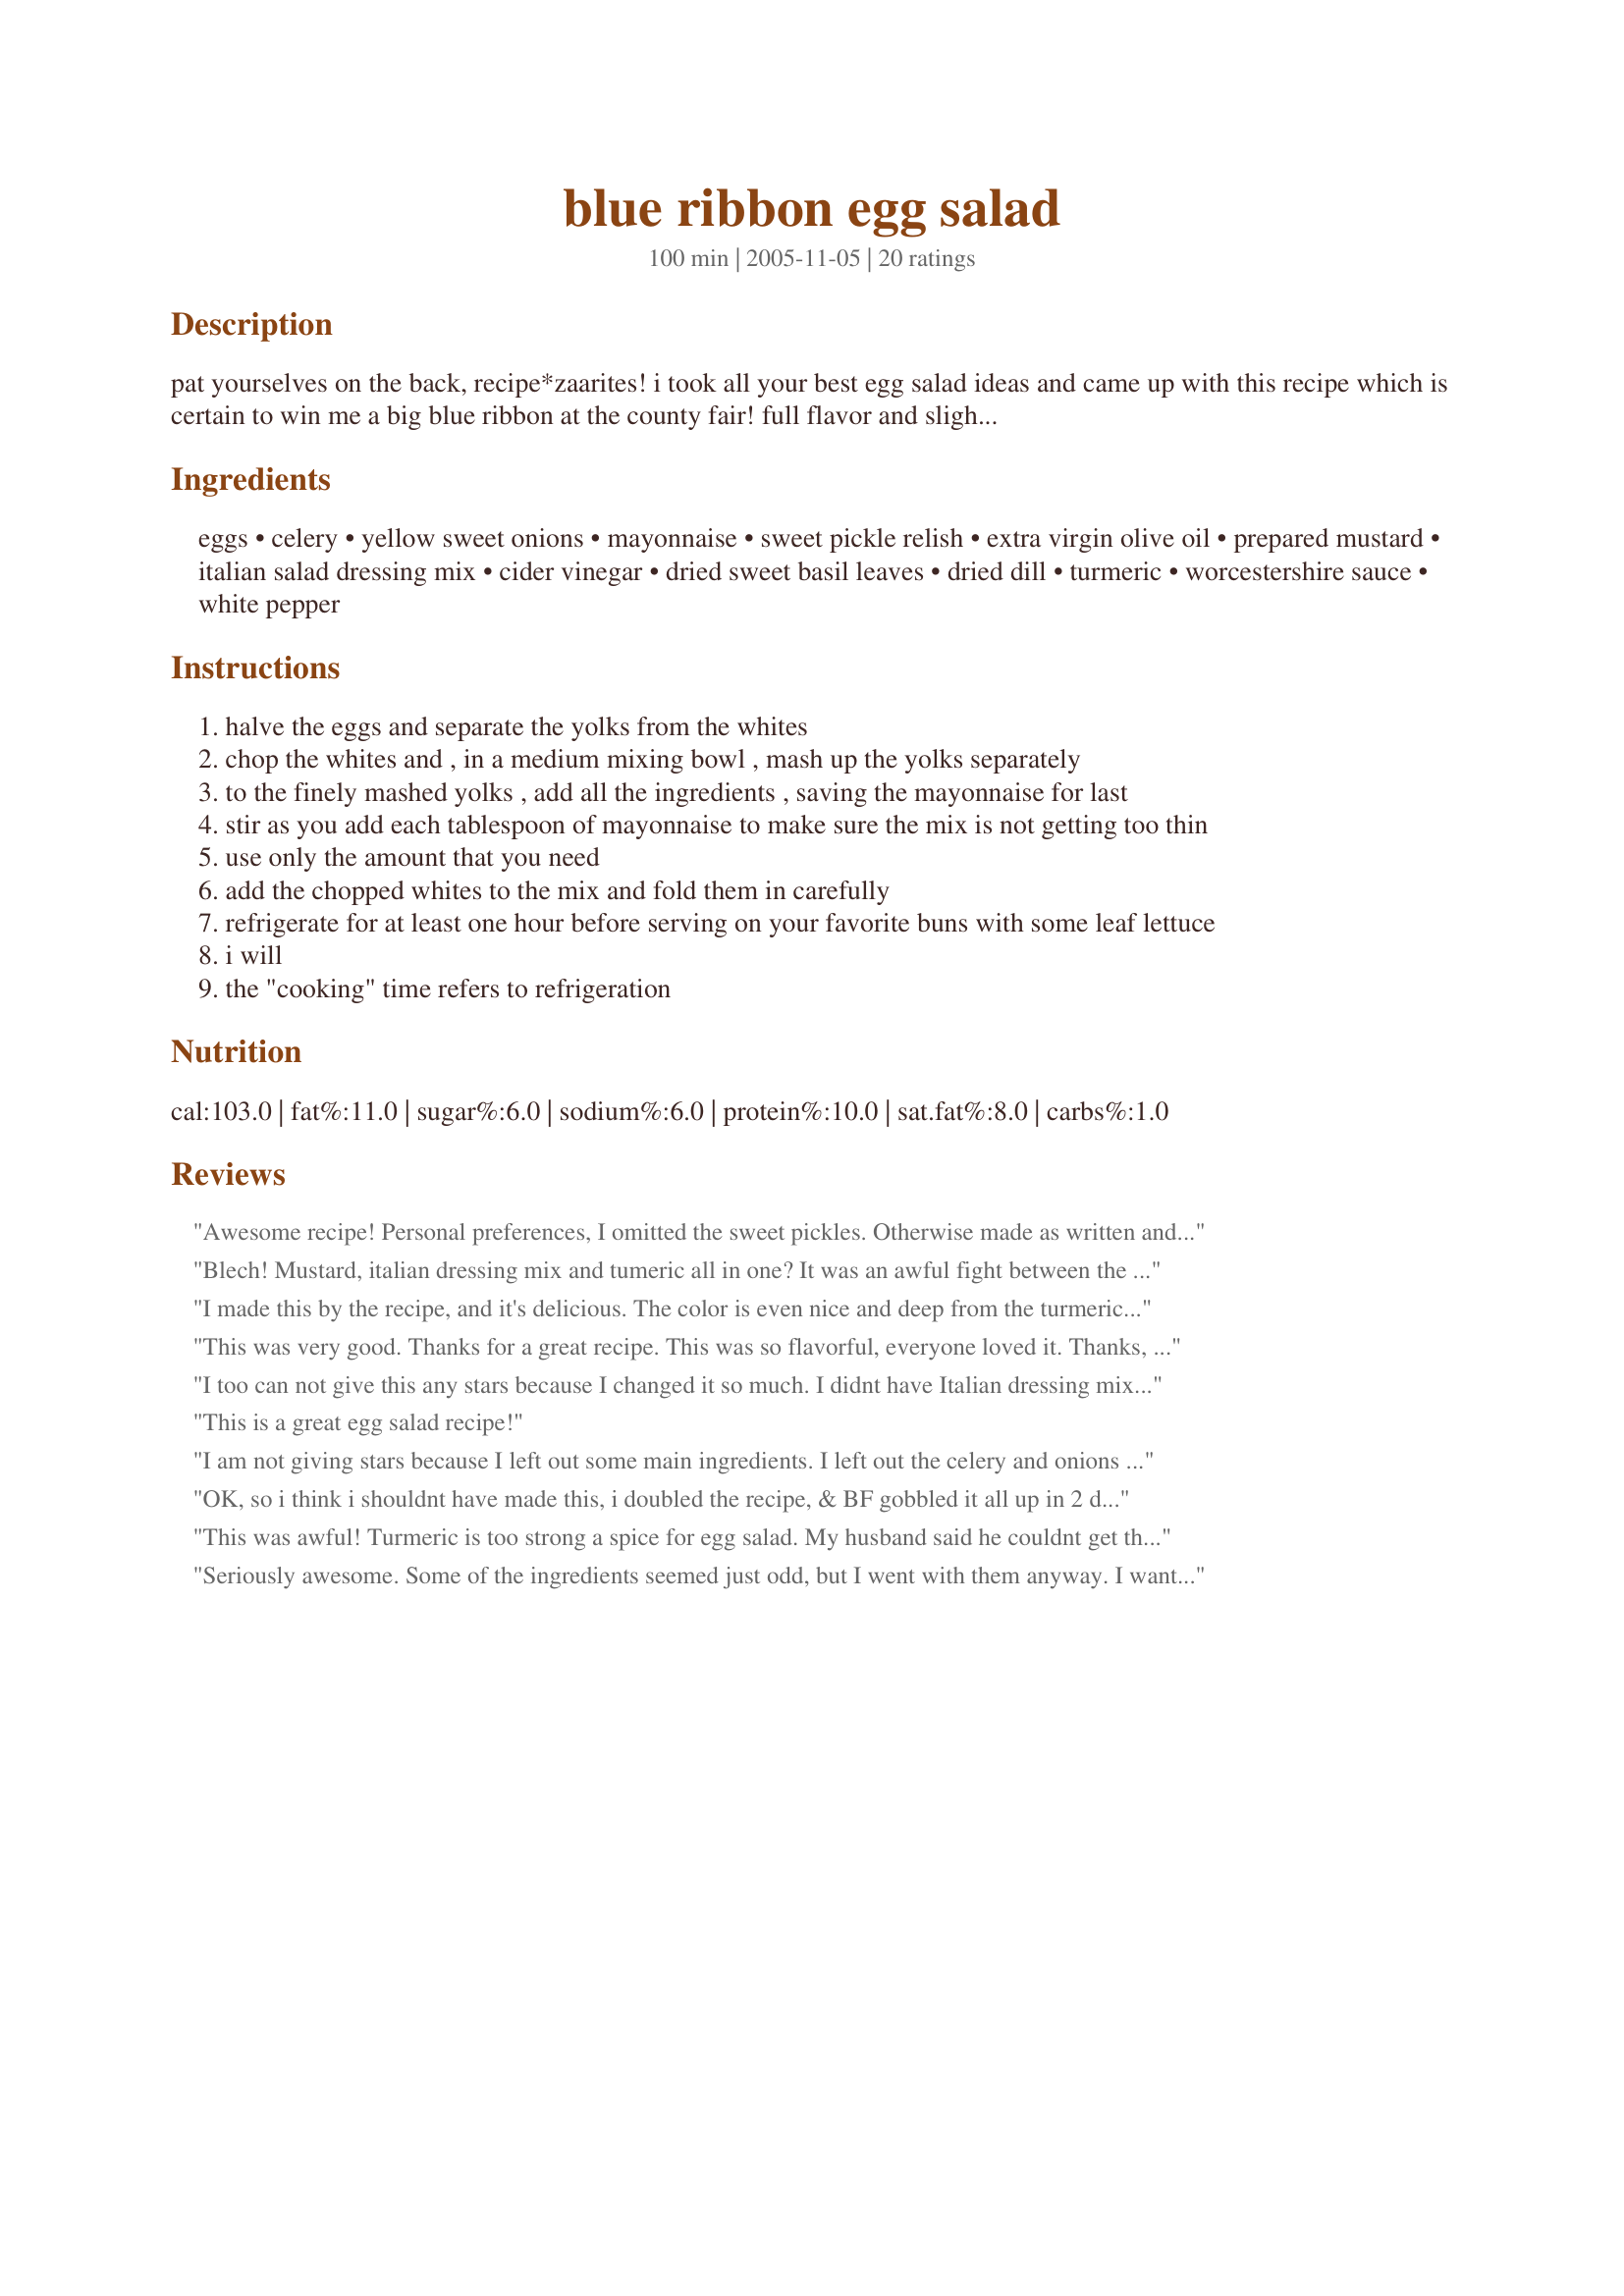
blue ribbon egg salad
Preparation time: 100 minutes

pat yourselves on the back, recipe*zaarites! i took all your best egg salad ideas and came up with this recipe which is certain to win me a big blue ribbon at the county fair! full flavor and slightly sweet with no sugar added and nice eye appeal. (no doubt, there is sugar in the relish). a great brunch idea.

Ingredients:
eggs, celery, yellow sweet onions, mayonnaise, sweet pickle relish, extra virgin olive oil, prepared mustard, italian salad dressing mix, cider vinegar, dried sweet basil leaves, dried dill, turmeric, worcestershire sauce, white pepper

Steps:
halve the eggs and separate the yolks from the whites
chop the whites and , in a medium mixing bowl , mash up the yolks separately
to the finely mashed yolks , add all the ingredients , saving the mayonnaise for last
stir as you add each tablespoon of mayonnaise to make sure the mix is not getting too thin
use only the amount that you need
add the chopped whites to the mix and fold them in carefully
refrigerate for at least one hour before serving on your favorite buns with some leaf lettuce
i will
the "cooking" time refers to refrigeration

Reviews:
Awesome recipe! Personal preferences, I omitted the sweet pickles. Otherwise made as written and it was enjoyed by all. My son requests this recipe quite often. Great on bread or atop of lettuce leaves. Thanks for Pat sharing!!
Blech! Mustard, italian dressing mix and tumeric all in one? It was an awful fight between the flavors, and everyone came out a loser.
I made this by the recipe, and it's delicious. The color is even nice and deep from the turmeric. This will be my new egg salad recipe.
This was very good. Thanks for a great recipe. This was so flavorful, everyone loved it. Thanks, Bone man!
I too can not give this any stars because I changed it so much. I didnt have Italian dressing mix, so instead I used ranch. I also added a little more dill, and skipped the turmeric since I didn't have any. I also didnt have any basil, so I used Italian seasoning. I also didnt have any plain relish, so I used Hot dog relish. But even with all the changes, this was amazing!! The ingredients blend well together. SOO good.
This is a great egg salad recipe!
I am not giving stars because I left out some main ingredients. I left out the celery and onions (didn't want any crunch). I also left out the olive oil and turmeric. Even without those ingredients, this salad was very flavorful and good as a sandwich filling. Thanks Bone Man.
OK, so i think i shouldnt have made this, i doubled the recipe, & BF gobbled it all up in 2 days!!!...yes, 16 eggs in 2 days! Now it is a regular at BBQ's and everyone loves it, there's never any left, Thanks Bone Man for taking all the best ideas and coming up with a winner
This was awful! Turmeric is too strong a spice for egg salad. My husband said he couldnt get the rotten taste out of his mouth. I made this exactly to the recipe.
Seriously awesome. Some of the ingredients seemed just odd, but I went with them anyway. I wanted to try since I'm a huge egg salad fan.

Fabulous. I had everything but the Italian Season Mix. Best egg salad I ever had. Will make again many times.

Thanks!
When I saw this one, I had to try it right away. I didn't have any Italian salad dressing mix on hand, so substituted Italian herb seasoning. Having the yolks in the dressing was interesting and all the herbs made it wonderfully flavorful--one of the best egg salads I've ever tasted. Bravo!
Congratulations, Bone Man. I'll award you a blue ribbon for this egg salad. It's, no kidding, the best I've ever eaten. I had all the ingredients and made it just as written. I used Italian Salad Dressing Mix #1505, which I keep in the frig for uses just like this. I don't know how you came up with this but it's awesome.
Delicious!
yep...you're right....it's good!
The worchestershire gave it a dark taste that takes away from the normally fresh nature of egg salad . I would also use green onion tops instead of yellow onion for color and a milder less in your face onion taste.
Too many flavors going on for my taste.
I also used this for deviled eggs. I had all the ingredients except the salad dressing mix. It was delish even without it! Thanks for posting.
Excellent! The individual ingredients are some of my favorite by themselves, so together they make a magical egg salad. My personal preference, is that I will dice up some of the yolk instead of mashing ALL of it into the dressing recipe. I missed the mouth feel of some soft egg yolk in contrast to the firmer egg white. Other than that, perfect! Thanks for sharing!
This was very good! I actually used this as a filling for deviled eggs, and it turned out great. I took it to a chuch potluck and they all disappeared! Thanks Bone Man!
I really like this recipe very much. I followed the recipe exactly except the sweet pickle relish because I did not have any and used homemade sweet hamburger pickles instead. Maybe because my pickles are not very sweet, I did have to add some sugar to the recipe to bring about the sweetness a bit. Also, after tasting the recipe, I decided that garlic was in order and added 1 minced garlic. It is a tasty recipe, but like the another reviewer, next time I make this I plan on chopping the yolks instead of mashing them because the final product was quite loose. But, this is very minor issue that can be corrected with chopping instead of mashing and I think I have found myself another favorite egg salad with some alterations besides Bert Greene's egg salad for adults that I just love. Thank you Bone Man for posting this great recipe for all to share.
